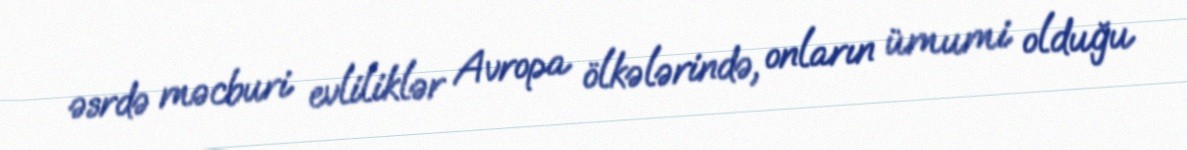
əsrdə məcburi evliliklər Avropa ölkələrində, onların ümumi olduğu